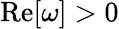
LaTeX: \mathrm{Re}[\omega]>0